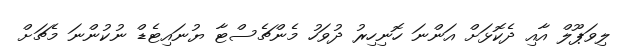
ލިވަޕޫލް އާއި ދެކޮޅަށް އަންނަ ހޮނިހިރު ދުވަހު މެންޗެސްޓާ ޔުނައިޓެޑް ނުކުންނަ މެޗަށް